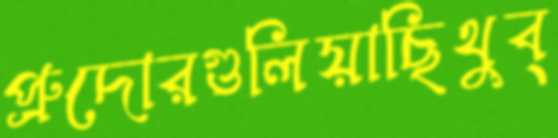
প্রুদোরগুলিয়াছিথুব্